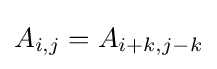
A_{i,j}=A_{i+k,j-k}